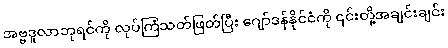
အဗ္ဗဒူလာဘုရင်ကို လုပ်ကြံသတ်ဖြတ်ပြီး ဂျော်ဒန်နိုင်ငံကို ၎င်းတို့အချင်းချင်း